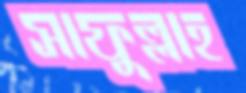
সাফুল্লাহ